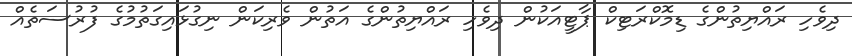
ދިވެހި ރައްޔިތުންގެ ޑިމޮކްރަޓިކް ޕާޓީއަކުން ދިވެހި ރައްޔިތުންގެ އަތުން ވެރިކަން ނިގުޅައިގަތުމުގެ ފުރުސަތެއް